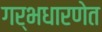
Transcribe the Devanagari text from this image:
गर्भधारणेत